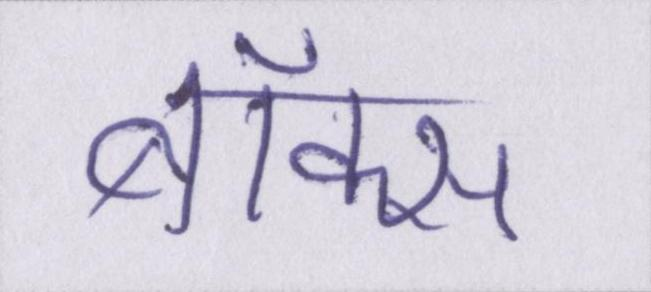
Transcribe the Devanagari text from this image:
बॉक्स